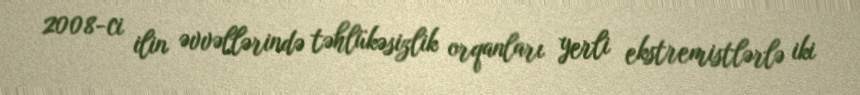
2008-ci ilin əvvəllərində təhlükəsizlik orqanları yerli ekstremistlərlə iki